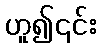
ဟူ၍၎င်း